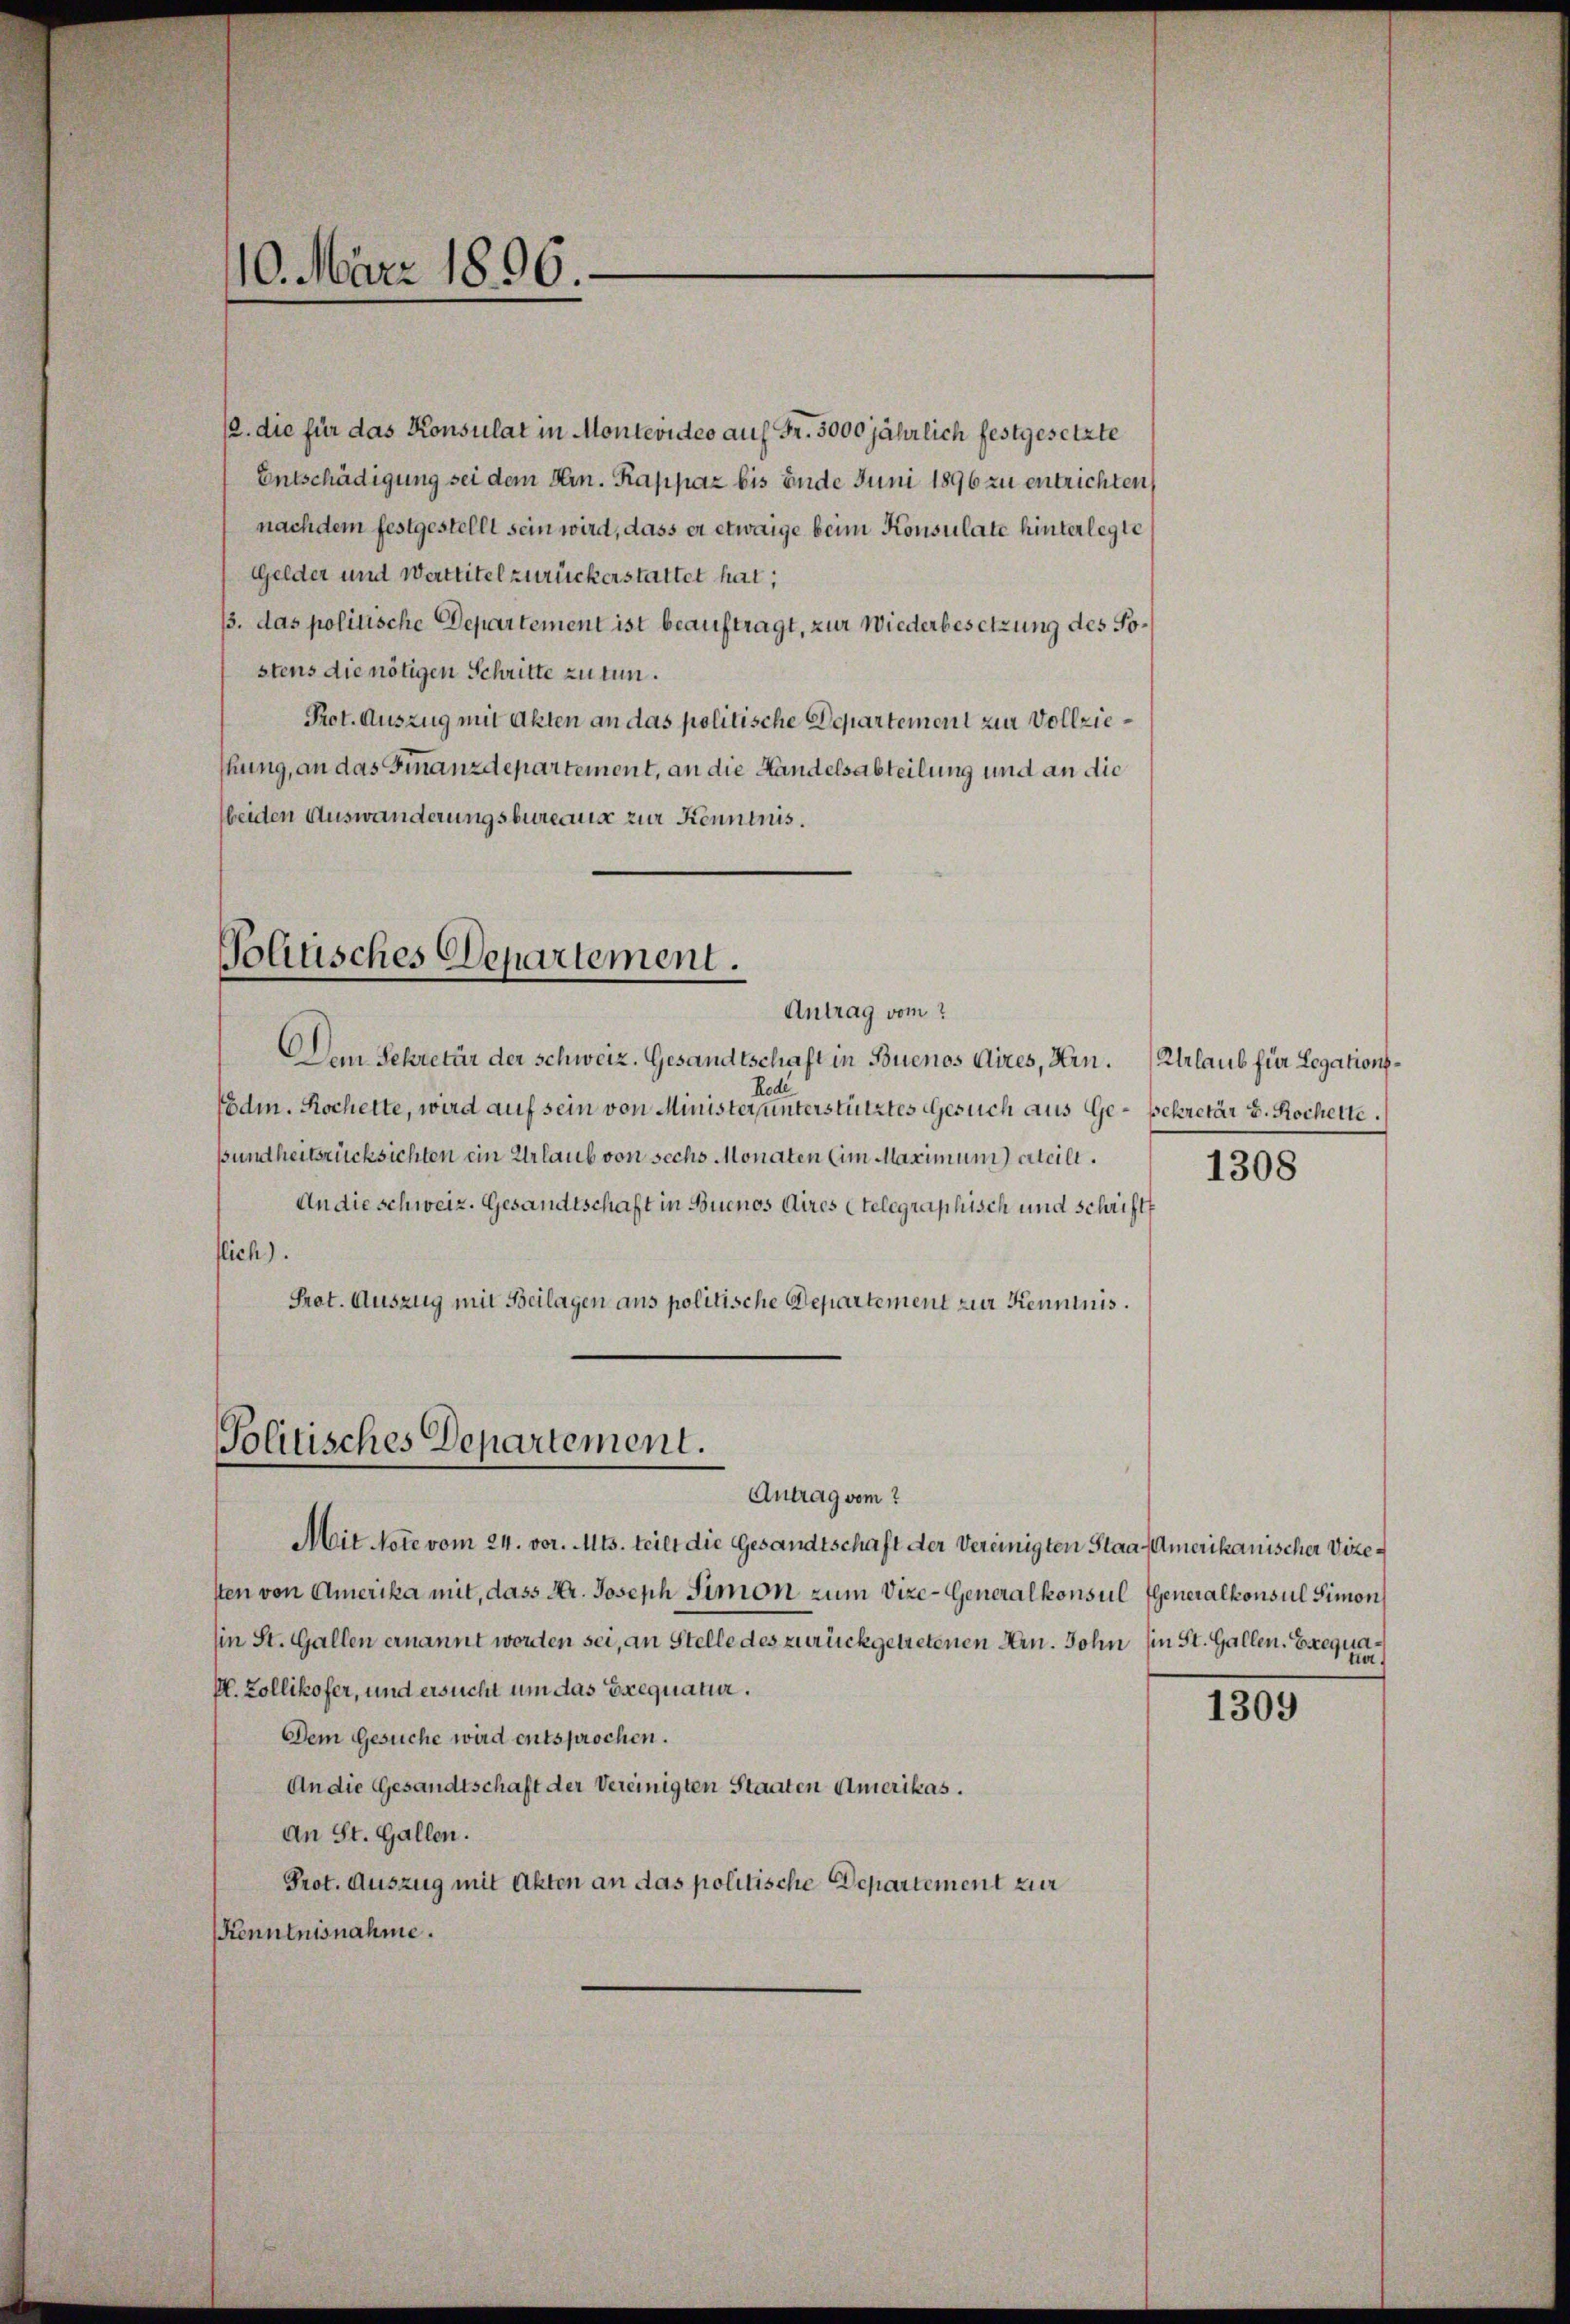
2. die für das Konsulat in Montevideo auf Fr. 3000 jährlich festgesetzte
Entschädigung sei dem Hrn. Rappaz bis Ende Juni 1896 zu entrichten
nachdem festgestellt sein wird, dass er etwaige beim Konsulate hinterlegte
Gelder und Werttitel zurückerstattet hat;
/3. das politische Departement ist beauftragt, zur Wiederbesetzung des Sostens die nötigen Schritte zu tun.
Prot. Auszug mit Akten an das politische Departement zur Vollziestung, an das Finanzdepartement, an die Handelsabteilung und an die
beiden Auswanderungsbureaus zur Kenntnis.

10. März 1896.

Volitisches Departement.

Antrag vom
Dem Sekretär der Schweiz. Gesandtschaft in Buenos Aires, Hrn.
Rodi
Eödi. Rochette, wird auf sein von Minister, unterstütztes Gesuch aus Ge- Bekretär v. Rocherte.
Bundheitsrücksichten ein Urlaub von sechs Monaten (im Maximum) atcill.
An die schweiz. Gesandtschaft in Buenos Aires telegraphisch und schriftt
flich).
Prot. Auszug mit Beilagen aus politische Departement zur Kenntnis.

Politisches Departement.
Antrag vom

Mit Note vom 24. vor. Mts. teilt die Gesandtschaft der Vereinigten Staa Amerikanischer Vizetten von Amerika mit, dass Kr. Joseph Simon zum Vize-Generalkonsul EGeneralkonsul Simon
(in St. Gallen ernannt worden sei, an Stelle des zurückgetretenen Arn. John (in St. Gallen. Exequa¬
M. Zollikofer, und ersucht um das Exequatur.
Dem Gesuche wird entsprochen.
An die Gesandtschaft der Vereinigten Staaten Amerikas.
An St. Gallen.
Prot. Auszug mit Akten an das politische Departement zur
Kenntnisnahme.

Urlaub für Legations¬
1308

ta.

1309